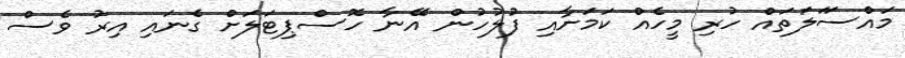
މައްސަަލަތައް ހުރި މީހެއް ކަމަށާއި ފުލުހުން އޭނާ ހޮސްޕިޓަލަށް ގެނައި އިރު ވެސް